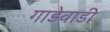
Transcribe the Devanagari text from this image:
गाडेवाडी